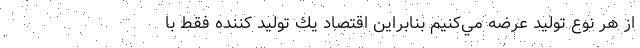
از هر نوع تولید عرضه مي‌كنيم بنابراين اقتصاد يك توليد كننده فقط با